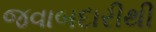
જવાબદારીથી